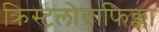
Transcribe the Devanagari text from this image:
क्रिस्टलोग्राफिक्का